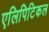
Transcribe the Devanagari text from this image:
एलिपिटिकल